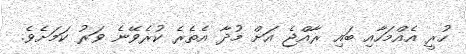
ހުރީ އެއްމަހާއި ބައި ރާއްޖެ އަށް މުދާ އެތެރެ ކުރެވޭނެ ވަރު ކަމަށެވެ.